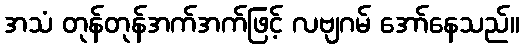
အသံ တုန်တုန်အက်အက်ဖြင့် လဗျဂမ် အော်နေသည်။